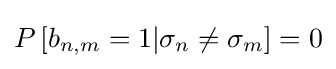
P\left[b_{n,m}=1|\sigma _{n}\neq \sigma _{m}\right]=0